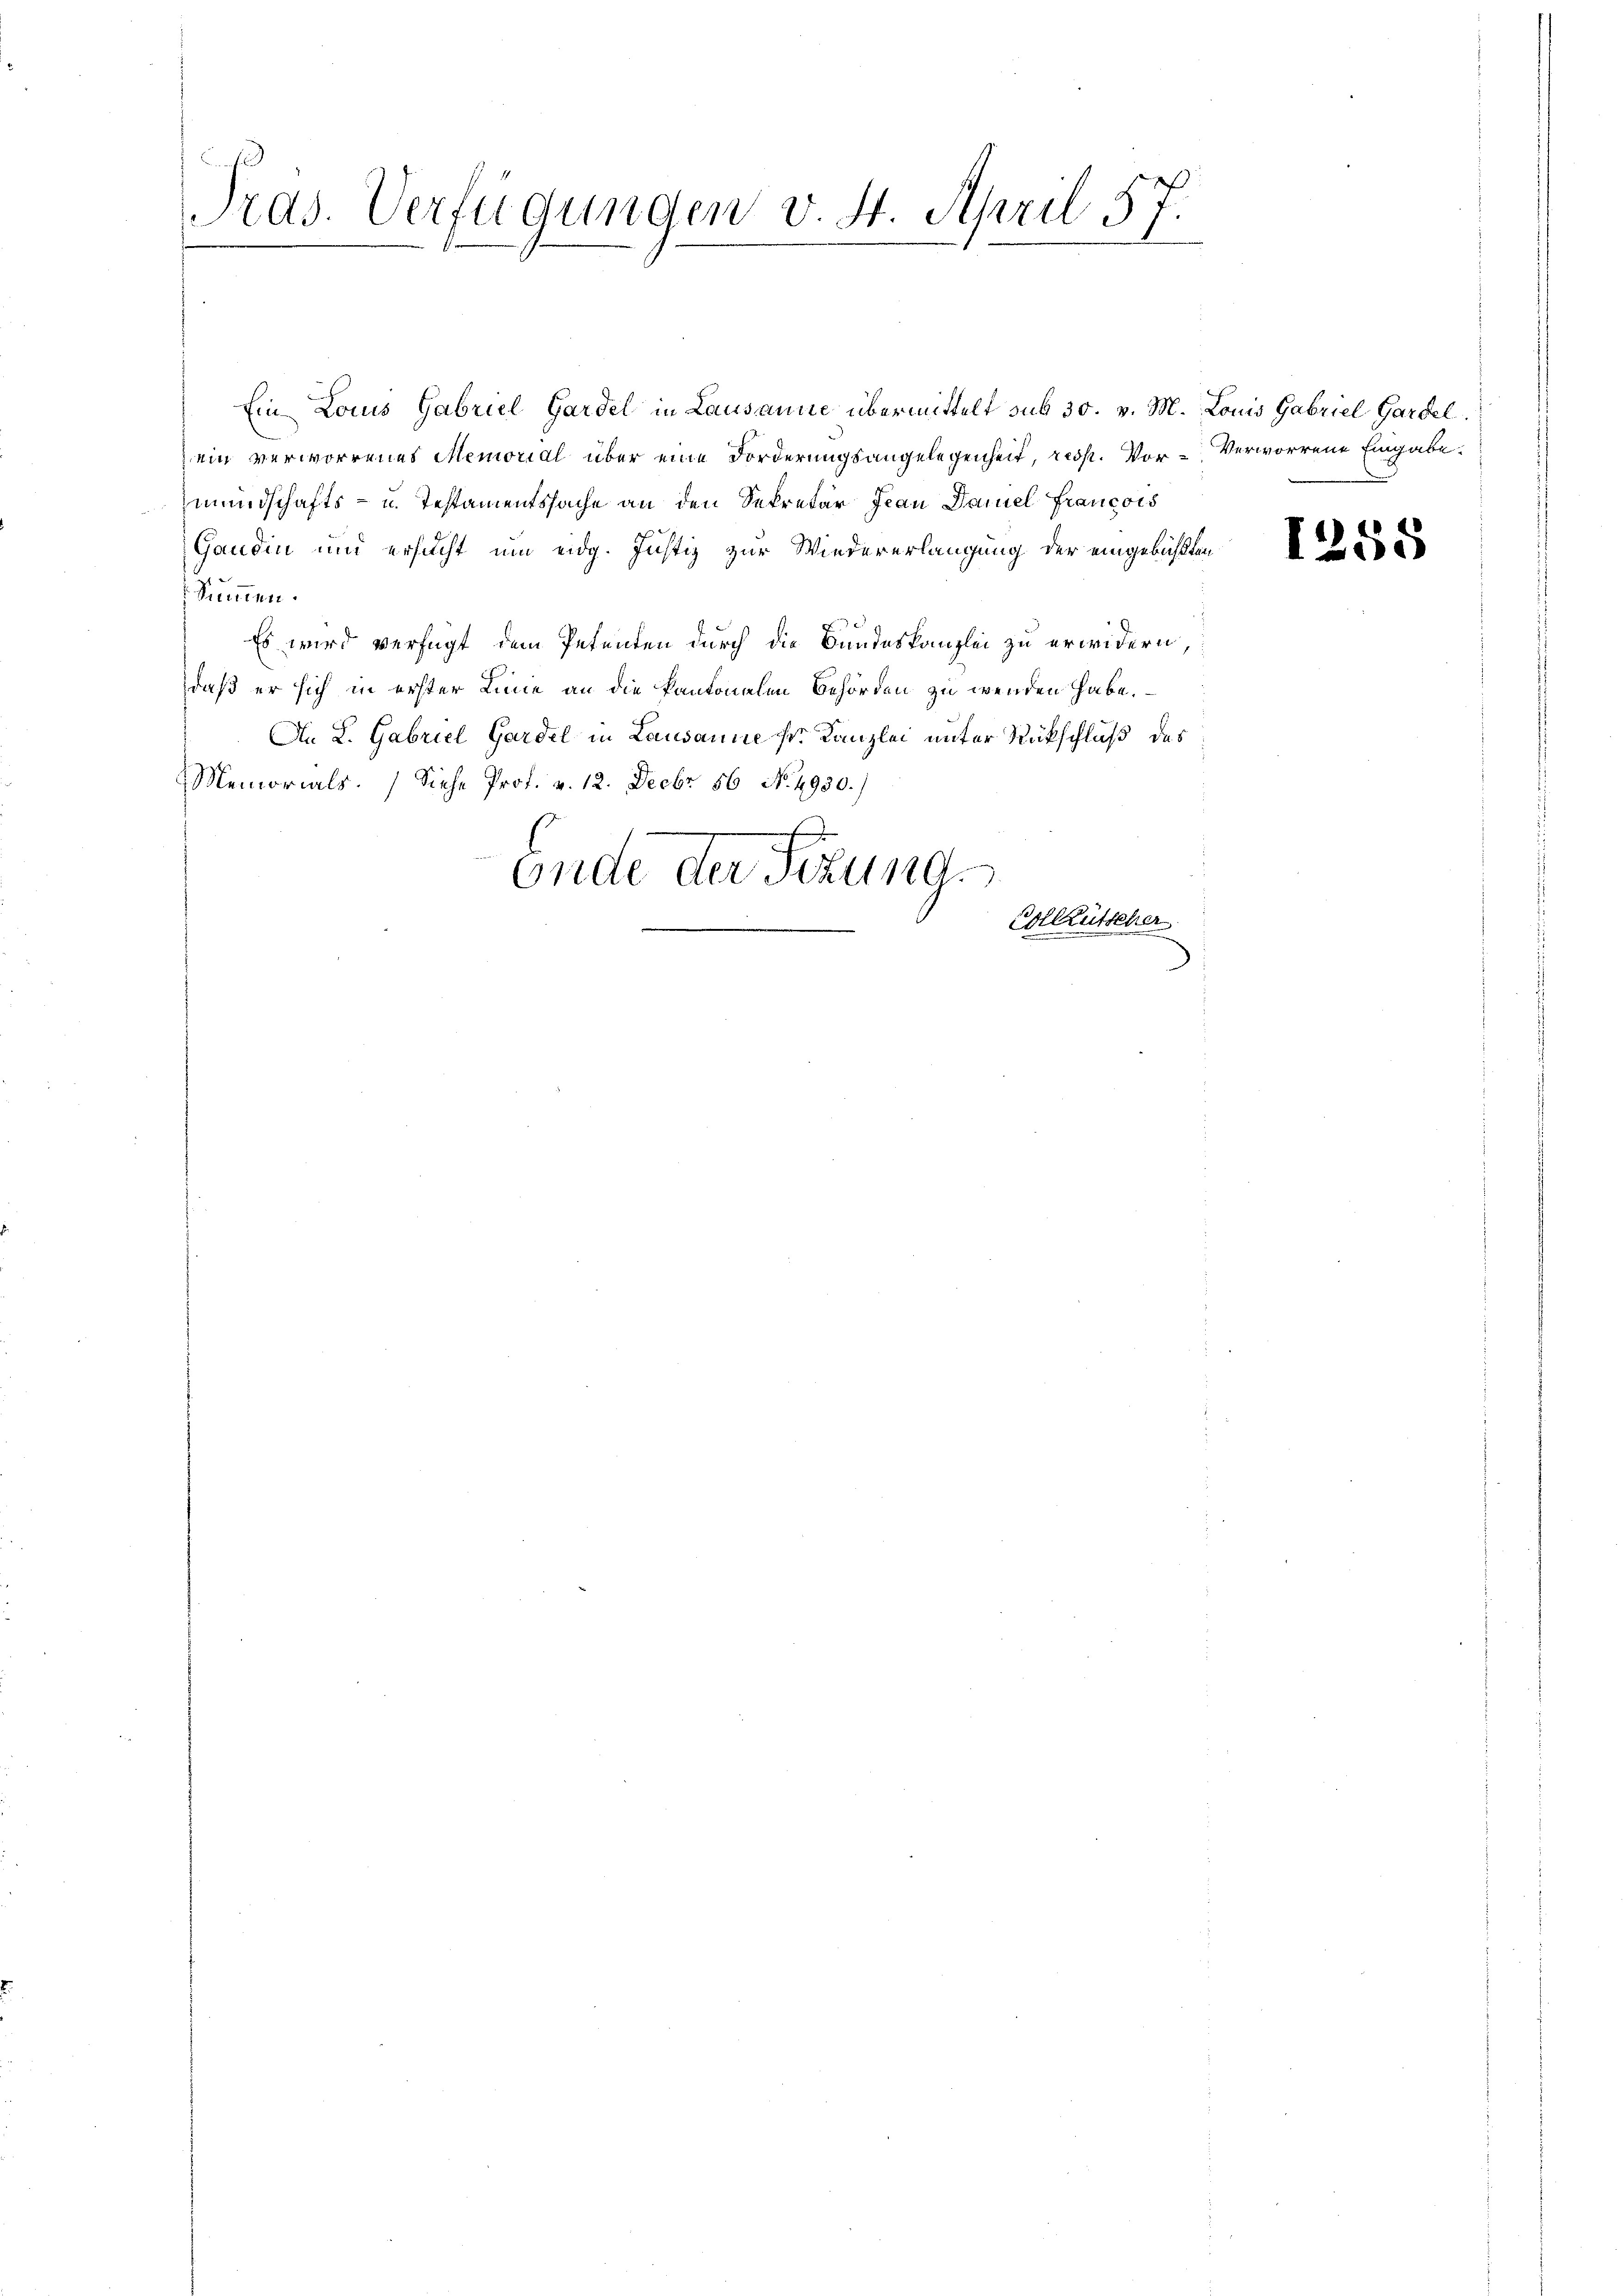
Pras. Verfügungen v. 4. April 57.

Ein Louis Gabriel Gardel in Lausanne übermittelt sub 30. v. M. Louis Gabriel Gardel
ein verworrenes Memorial über eine Forderungsangelegenheit, resp. Vor- Verworrene Eingabe.
mundschafts- u. Testamentssache an den Sekretär Jean Daniel Francois
Gandin und ersucht um eidg. Justiz zur Wiedererlangung der eingebüßten
Summen.
Es wird verfügt dem Petenten durch die Bundeskanzlei zu erwidern,
daß er sich in erster Linie an die kantonalen Behörden zu wenden habe.
An L. Gabriel Gardel in Lausanne sr. Kanzlei unter Rückschluß des
Memorials. (Siehe Prot. v. 12. Decbr 56 No. 4930.)
Ende der Sitzung
Gollütteher

1258